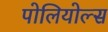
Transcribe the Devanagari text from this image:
पोलियोल्स